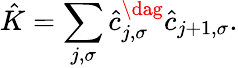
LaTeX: \hat{K}=\sum_{j,\sigma}\hat{c}_{j,\sigma}^{\dag}\hat{c}_{j+1,\sigma}.